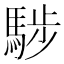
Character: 𩣝